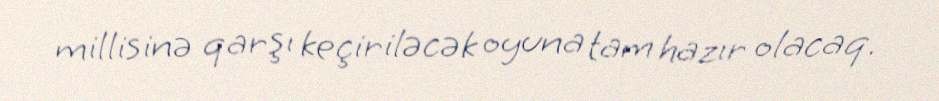
millisinə qarşı keçiriləcək oyuna tam hazır olacaq.